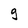
Character: g